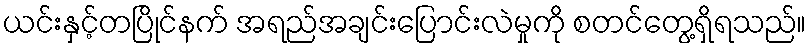
ယင်းနှင့်တပြိုင်နက် အရည်အချင်းပြောင်းလဲမှုကို စတင်တွေ့ရှိရသည်။